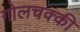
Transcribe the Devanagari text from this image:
गोलचक्की